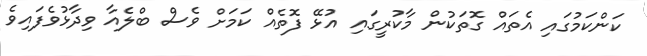
ކަންކަމުގައި އެތައް ގޮތަކުން މާކުރީގައި އުޅޭ ފޮތެއް ކަމަށް ވެސް ބްލެއާ ވިދާޅުވެފައިވެ